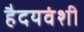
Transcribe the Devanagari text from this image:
हैदयवंशी